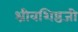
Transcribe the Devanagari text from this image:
श्रीवशिष्ठजी